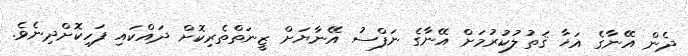
ދެން އޭނާގެ އަޚާ ޤަތުލުކުރުމަށް އޭނާގެ ނަފްސު އޭނާޔަށް ޒީނަތްތެރިކޮށް ދައްކައި ފަހިކޮށްދިނެވެ.